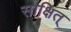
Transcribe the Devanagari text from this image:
साक्षित्‌